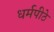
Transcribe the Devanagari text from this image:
धर्मपीठे